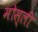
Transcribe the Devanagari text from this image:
मोस्ली